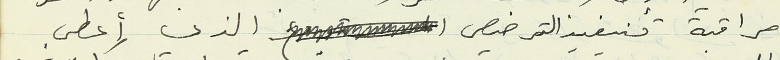
مراقبة تنيفيذ الترخيص الذي أعطى